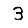
Digit: 3